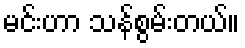
မင်းဟာ သန်စွမ်းတယ်။